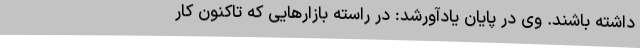
داشته باشند. وی در پایان یادآورشد: در راسته بازارهایی که تاکنون کار